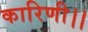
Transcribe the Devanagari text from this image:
कारिणी।।